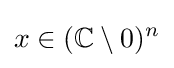
x\in (\mathbb {C} \setminus 0)^{n}